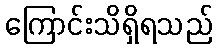
ကြောင်းသိရှိရသည်